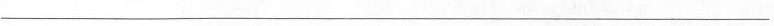
___